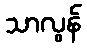
သာလွန်